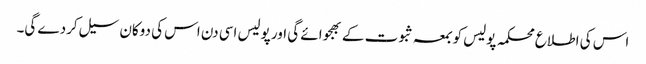
اس کی اطلاع محکمہ پولیس کو بمعہ ثبوت کے بھجوائے گی اور پولیس اسی دن اس کی دوکان سیل کردے گی۔